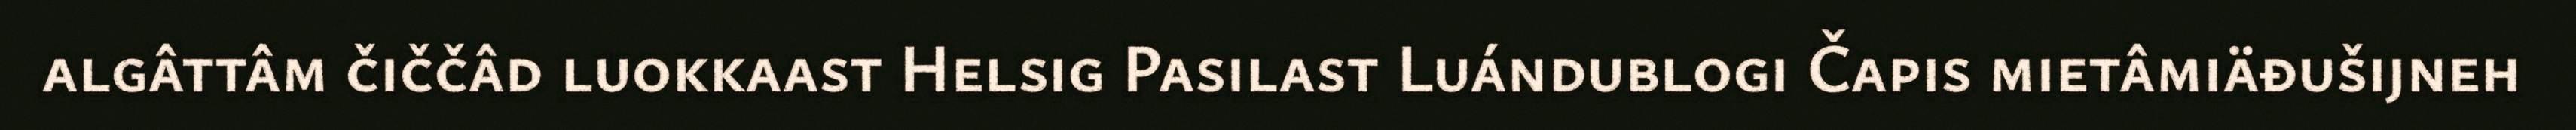
algâttâm čiččâd luokkaast Helsig Pasilast Luándublogi Čapis mietâmiäđušijneh